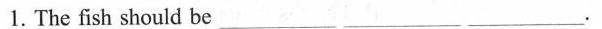
1. The fish should be ___ ___ ___.